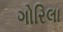
ગોરિલા